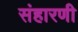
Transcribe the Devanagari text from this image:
संहारणी